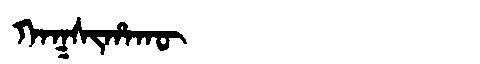
Manchu: ᡴᠠᡴᠰᡳᡥᠠᡴᡡ
Romanization: KAKSIHAKŪ